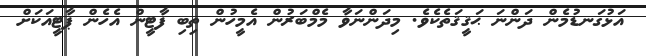
އަޅުގަނޑުމެން ދަންނަ ޙަޤީޤަތެކެވެ. މިދަންނަވާ މެމްބަރުން އެމީހުން ތިބި ފާޓީން އެހެން ޕާޓީއަކަށް